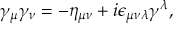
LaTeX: \gamma _ { \mu } \gamma _ { \nu } = - \eta _ { \mu \nu } + i \epsilon _ { \mu \nu \lambda } \gamma ^ { \lambda } ,